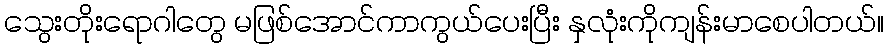
သွေးတိုးရောဂါတွေ မဖြစ်အောင်ကာကွယ်ပေးပြီး နှလုံးကိုကျန်းမာစေပါတယ်။